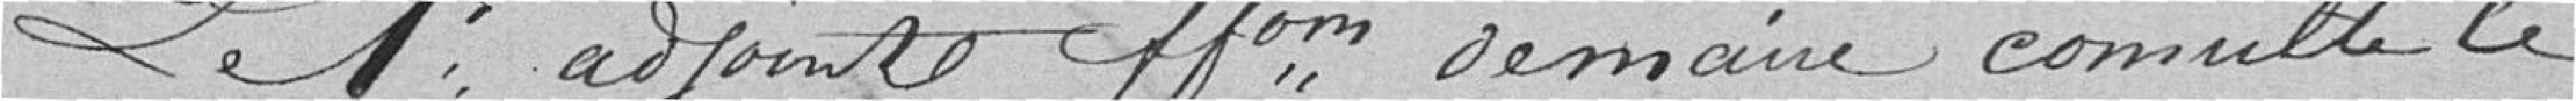
Le premier adjoint faisant fonction de maire consulte le